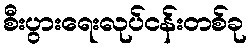
စီးပွားရေးလုပ်ငန်းတစ်ခု